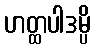
ဟတ္ထပါဒမ္ပိ